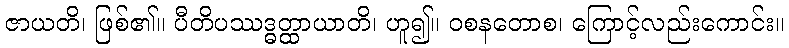
ဇာယတိ၊ ဖြစ်၏။ ပီတိပဿဒ္ဓတ္ထာယာတိ၊ ဟူ၍။ ဝစနတောစ၊ ကြောင့်လည်းကောင်း။